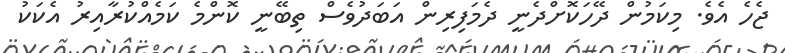
ޖެހެ އެވެ. މިކަމުން ދޭހަކޮށްދެނީ ދެމަފިރިން އަބަދުވެސް ތިބޭނީ ކޮންމެ ކަމެއްކުރާއިރު އެކަކު